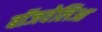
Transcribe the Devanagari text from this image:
बॉजवेलिआ